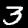
Digit: 3